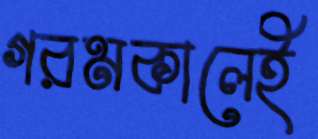
গরমকালেই